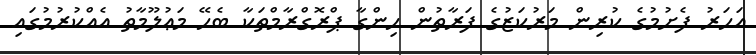
އަހަރު ފެށުމުގެ ކުރިން މަރުކަޒުގެ ފަރާތުން ހިންގާ ޕްރޮގްރާމްތަކާ ބެހޭ މަޢުލޫމާތު އެއްކުރުމުގައި